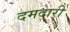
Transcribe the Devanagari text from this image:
दमदारी